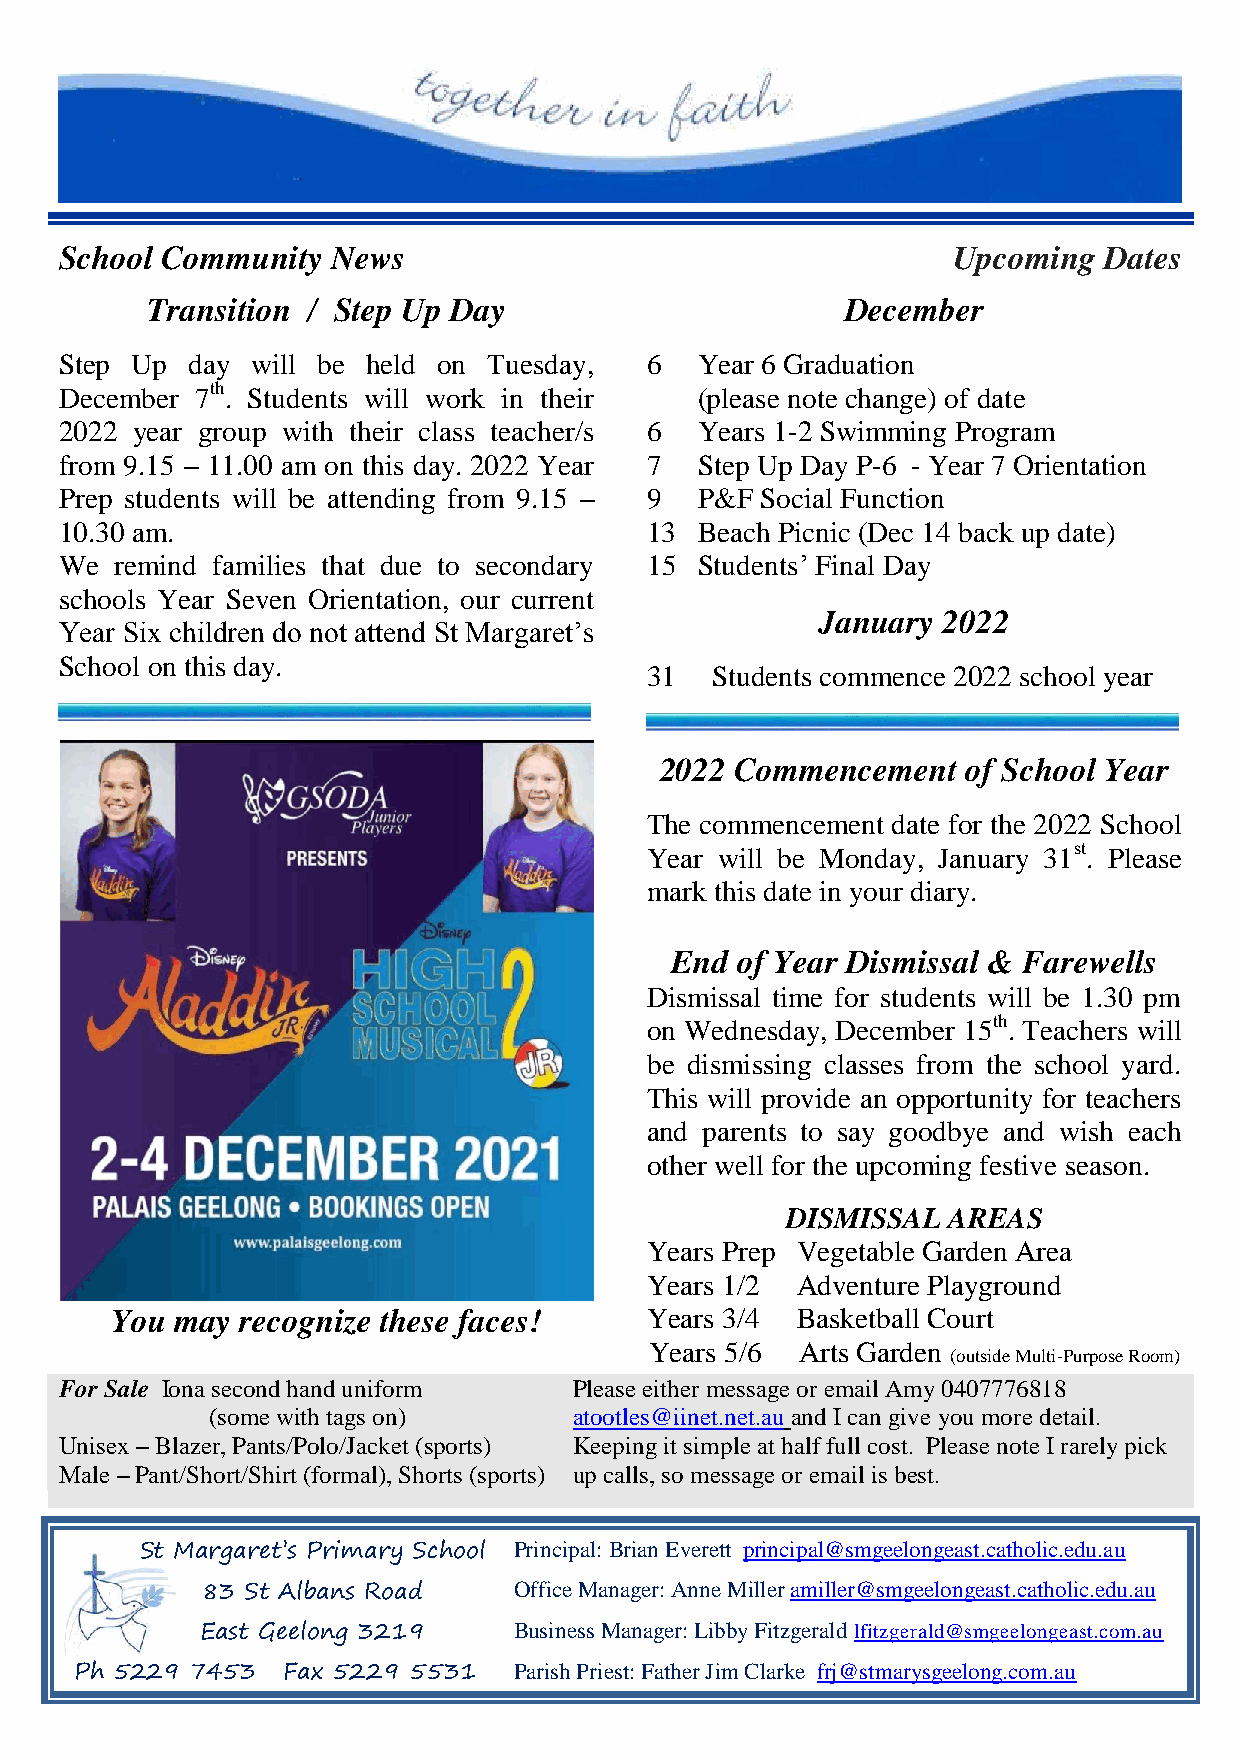
School Community  News                                     Upcoming  Dates
 Transition / Step Up Day                      December
 Step Up day  will be held on Tuesday,  6  Year 6 Graduation
 December 7th. Students will work in their (please note change) of date
 2022 year group with their class teacher/s 6 Years 1-2 Swimming Program
 from 9.15 – 11.00 am on this day. 2022 Year 7 Step Up Day P-6 - Year 7 Orientation
 Prep students will be attending from 9.15 – 9 P&F Social Function
 10.30 am.                              13 Beach Picnic (Dec 14 back up date)
 We  remind families that due to secondary 15 Students’ Final Day
 schools Year Seven Orientation, our current
 January 2022
 Year Six children do not attend St Margaret’s
 School on this day.
 31  Students commence 2022 school year
 2022 Commencement   of School Year
 The commencement date for the 2022 School
 Year will be Monday, January 31st. Please
 mark this date in your diary.
 End  of Year Dismissal & Farewells
 Dismissal time for students will be 1.30 pm
 on Wednesday, December 15th. Teachers will
 be dismissing classes from the school yard.
 This will provide an opportunity for teachers
 and parents to say goodbye and wish each
 other well for the upcoming festive season.
 DISMISSAL  AREAS
 Years Prep Vegetable Garden Area
 Years 1/2 Adventure Playground
 You  may recognize these faces!     Years 3/4 Basketball Court
 Years 5/6 Arts Garden
 (outside Multi-Purpose Room)
 For Sale Iona second hand uniform Please either message or email Amy 0407776818
 (some with tags on)     atootles@iinet.net.au and I can give you more detail.
 Unisex – Blazer, Pants/Polo/Jacket (sports) Keeping it simple at half full cost. Please note I rarely pick
 Male – Pant/Short/Shirt (formal), Shorts (sports) up calls, so message or email is best.
 St Margaret’s Primary School Principal: Brian Everett principal@smgeelongeast.catholic.edu.au
 83 St Albans Road    Office Manager: Anne Miller amiller@smgeelongeast.catholic.edu.au
 East Geelong 3219    Business Manager: Libby Fitzgerald lfitzgerald@smgeelongeast.com.au
 Ph 5229 7453  Fax 5229 5531  Parish Priest: Father Jim Clarke frj@stmarysgeelong.com.au